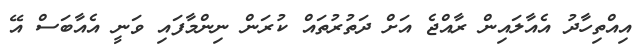
އިއްތިހާދު އެއާލައިން ރާއްޖެ އަށް ދަތުރުތައް ކުރަން ނިންމާފައި ވަނީ އެއާބަސް އޭ